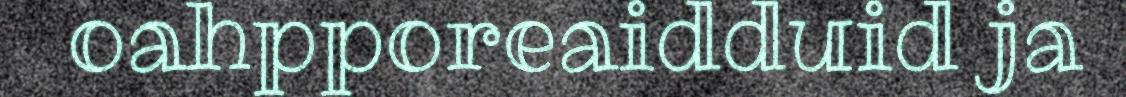
oahpporeaidduid ja